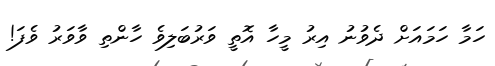
ހަމާ ހަމައަށް ދެވުނު އިރު މީހާ އޮތީ ވަރުބަލިވެ ހާންތި ވާވަރު ވެފަ!